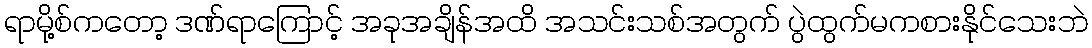
ရာမို့စ်ကတော့ ဒဏ်ရာကြောင့် အခုအချိန်အထိ အသင်းသစ်အတွက် ပွဲထွက်မကစားနိုင်သေးဘဲ